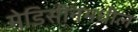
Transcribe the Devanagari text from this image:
मेडिसीनमधील